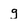
Character: g